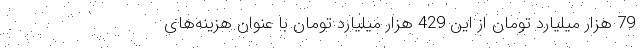
79 هزار میلیارد تومان از این 429 هزار میلیارد تومان با عنوان هزینه‌های